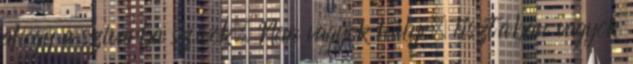
ahogy a szivarba szívok. Nem vagyok hülye, tisztában vagyok